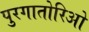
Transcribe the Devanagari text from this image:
पुरगातोरिओ